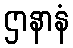
ဌာနာနံ